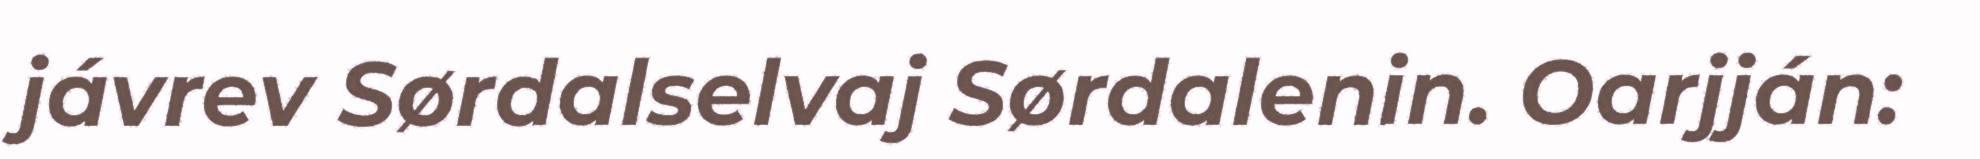
jávrev Sørdalselvaj Sørdalenin. Oarjján: